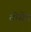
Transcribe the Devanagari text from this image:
तोसेम